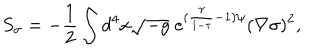
S _ { \sigma } = - \frac { 1 } { 2 } \int d ^ { 4 } x \sqrt { - g } \; e ^ { ( \frac { \gamma } { 1 - \tau } - 1 ) \psi } ( \nabla \sigma ) ^ { 2 } ,